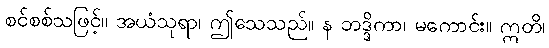
စင်စစ်သဖြင့်။ အယံသုရာ၊ ဤသေသည်။ န ဘဒ္ဒိကာ၊ မကောင်း။ ဣတိ၊